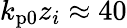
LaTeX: k_{\mathrm{p0}}z_{i}\approx 40